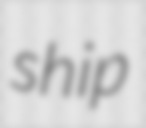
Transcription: ship